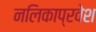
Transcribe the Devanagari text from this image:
नलिकाप्रवेश